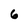
Character: 6